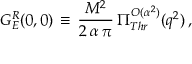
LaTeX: G _ { E } ^ { R } ( 0 , 0 ) \, \equiv \, \frac { M ^ { 2 } } { 2 \, \alpha \, \pi } \, \Pi _ { T h r } ^ { { \cal { O } } ( \alpha ^ { 2 } ) } ( q ^ { 2 } ) \, ,